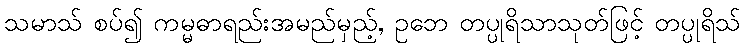
သမာသ် စပ်၍ ကမ္မဓာရည်းအမည်မှည့်, ဥဘေ တပ္ပုရိသာသုတ်ဖြင့် တပ္ပုရိသ်